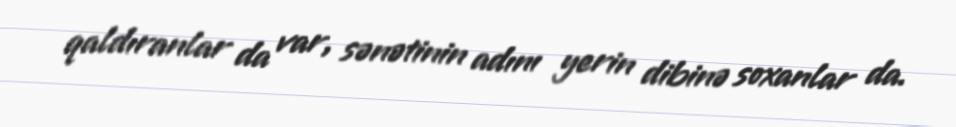
qaldıranlar da var, sənətinin adını yerin dibinə soxanlar da.